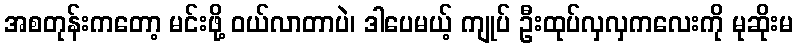
အစတုန်းကတော့ မင်းဖို့ ဝယ်လာတာပဲ၊ ဒါပေမယ့် ကျုပ် ဦးထုပ်လှလှကလေးကို မုဆိုးမ